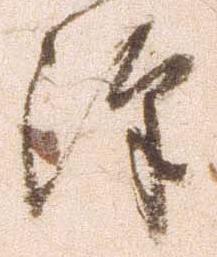
沢